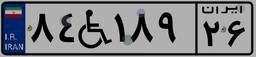
۸۴W۱۸۹۲۶